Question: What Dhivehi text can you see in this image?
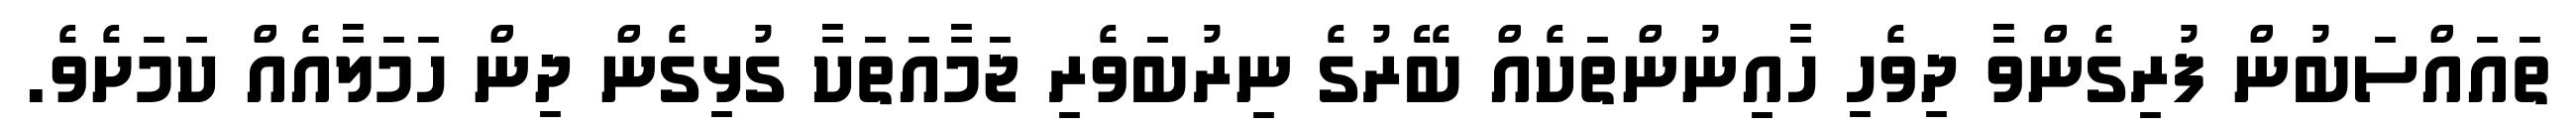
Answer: ތައައްސަބުން ފުރިގެންވާ ދިވެހި ހާއިނުންތަކެއް ބޭރުގެ ނިރުބަވެރި ޖަމާއަތަކާ ގުޅިގެން ދިން ހަމަލާއެއް ކަމަށެވެ.